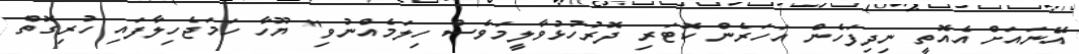
އޭނައަށް އެއޮތީ ނިދިފަހެން އަހަރެން ކޮޓަރި ދޮރުހުޅުވާލީމަވެސް ހިލަމެއްނުވި" ޔޫހާ ހަމަޖެހިލާފައި ހުރިގޮތް